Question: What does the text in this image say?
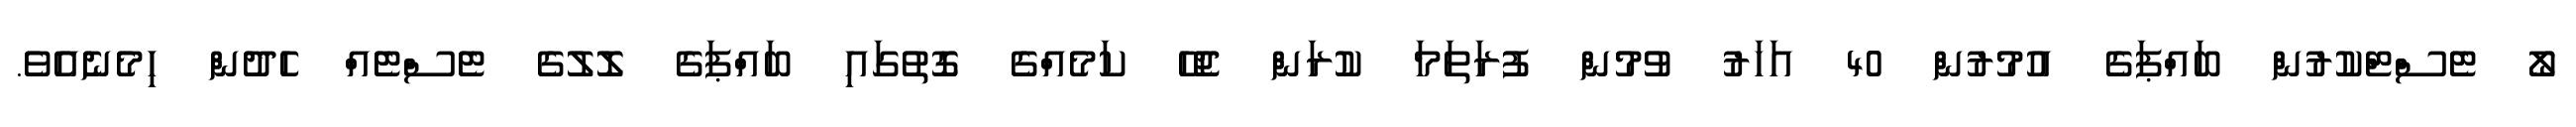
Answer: ލޯ ޓެސްޓްކުރުން ބައްޕަގެ އުމުރުން 40 އަހަރު ވުމުން ފުރަތަމަ ކުރަން ޖެހޭ ކަމެއްގެ ގޮތުގައި ބައްޕަގެ ލޮލުގެ ޓެސްޓެއް ހެދުން ހިމެނެއެވެ.